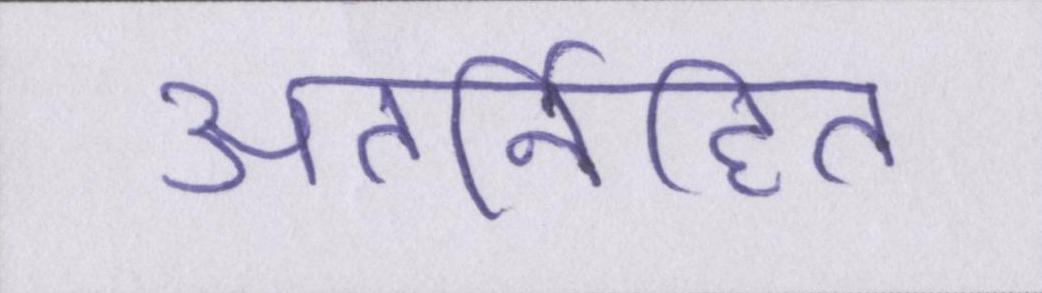
अंतर्निहित